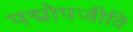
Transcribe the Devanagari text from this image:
पद्मोपजीवि